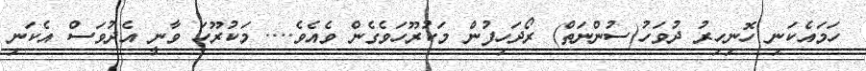
ހަމައެކަނި ހޮނިހިރު ދުވަހު(ސުންނަތް) ރޯދަހިފުން މަކުރޫހަވެގެން ވެއެވެ.... މަކުރޫހަ ވާނީ އެދުވަސް އެކަނި